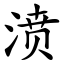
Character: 𣸣